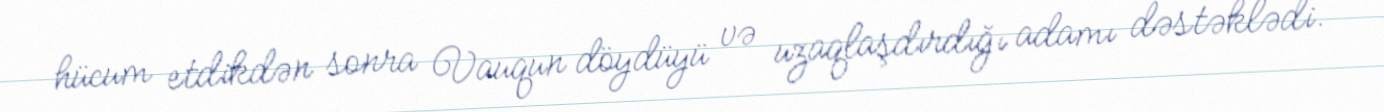
hücum etdikdən sonra Vauqun döydüyü və uzaqlaşdırdığı adamı dəstəklədi.